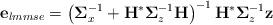
LaTeX: \begin{align*}\mathbf{e}_{lmmse}=\left(\mathbf{\Sigma}_x^{-1}+\mathbf{H}^*\mathbf{\Sigma}_z^{-1}\mathbf{H}\right)^{-1}\mathbf{H}^*\mathbf{\Sigma}_z^{-1}\mathbf{z}\end{align*}